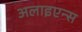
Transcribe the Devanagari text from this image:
अलाइएन्स